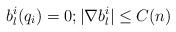
LaTeX: \begin{align*}b^i_l(q_i) = 0; |\nabla b^i_l|\leq C(n) \end{align*}